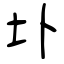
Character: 圤